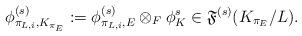
LaTeX: \begin{align*}\phi^{(s)}_{\pi_{L,i},K_{\pi_E}}:=\phi^{(s)}_{\pi_{L,i},E}\otimes_F \phi_K^s\in \mathfrak F^{(s)}(K_{\pi_E}/L).\end{align*}